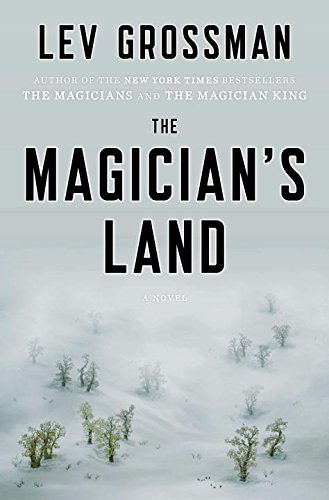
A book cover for The Magician's Land: A Novel (Magicians Trilogy); Lev Grossman; Science Fiction & Fantasy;